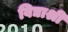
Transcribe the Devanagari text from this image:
विद्याश्री